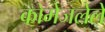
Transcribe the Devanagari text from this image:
कोमेजलेले